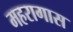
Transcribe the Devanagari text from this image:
महरागास